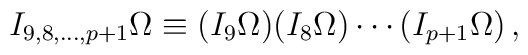
I_{9,8,\ldots ,p+1} \Omega\equiv (I_9\Omega )(I_8\Omega )\cdots (I_{p+1}\Omega  )\,,